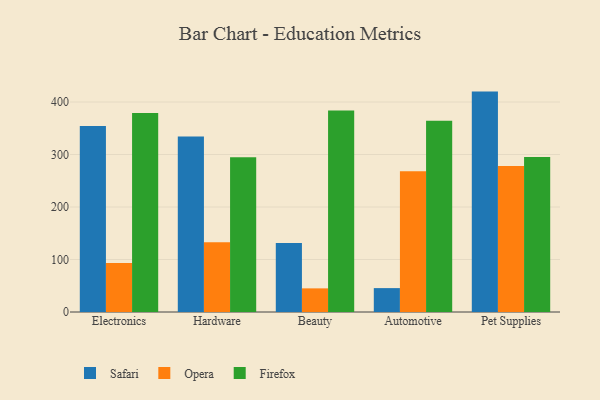
{"axis": {"x": "Category", "y": "Gross Profit (USD K)"}, "legend": ["Firefox", "Opera", "Safari"], "data": [{"x": "Electronics", "y": 354.4, "type": "Safari"}, {"x": "Electronics", "y": 93.1, "type": "Opera"}, {"x": "Electronics", "y": 378.9, "type": "Firefox"}, {"x": "Hardware", "y": 334.4, "type": "Safari"}, {"x": "Hardware", "y": 133.0, "type": "Opera"}, {"x": "Hardware", "y": 294.8, "type": "Firefox"}, {"x": "Beauty", "y": 131.4, "type": "Safari"}, {"x": "Beauty", "y": 45.0, "type": "Opera"}, {"x": "Beauty", "y": 383.6, "type": "Firefox"}, {"x": "Automotive", "y": 45.5, "type": "Safari"}, {"x": "Automotive", "y": 268.0, "type": "Opera"}, {"x": "Automotive", "y": 364.4, "type": "Firefox"}, {"x": "Pet Supplies", "y": 419.8, "type": "Safari"}, {"x": "Pet Supplies", "y": 278.1, "type": "Opera"}, {"x": "Pet Supplies", "y": 295.4, "type": "Firefox"}]}